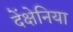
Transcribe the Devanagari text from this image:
देंक्षेनिया